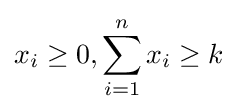
x_{i}\geq 0,\sum _{i=1}^{n}x_{i}\geq k